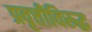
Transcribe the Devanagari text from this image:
प्रवृत्तीविरुद्ध